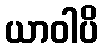
ယာဝါပိ